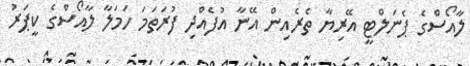
ލާއޯސްގެ ޕެނަލްޓީ އޭރިޔާ ތެރެއިން އޭނާ އުފެއްދި ފުރަތަމަ ހަމަލާ ލާއޯސްގެ ކީޕަރު